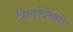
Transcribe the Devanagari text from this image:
मिथोत्रेक्सेट